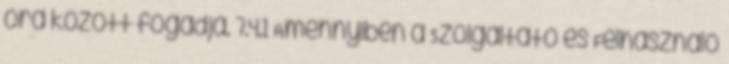
óra között fogadja. 7.4.1 Amennyiben a Szolgáltató és Felhasználó